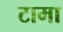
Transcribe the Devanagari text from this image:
टामा